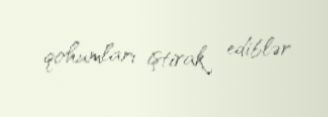
qohumları iştirak ediblər.